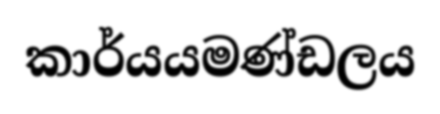
කාර්යයමණ්ඩලය